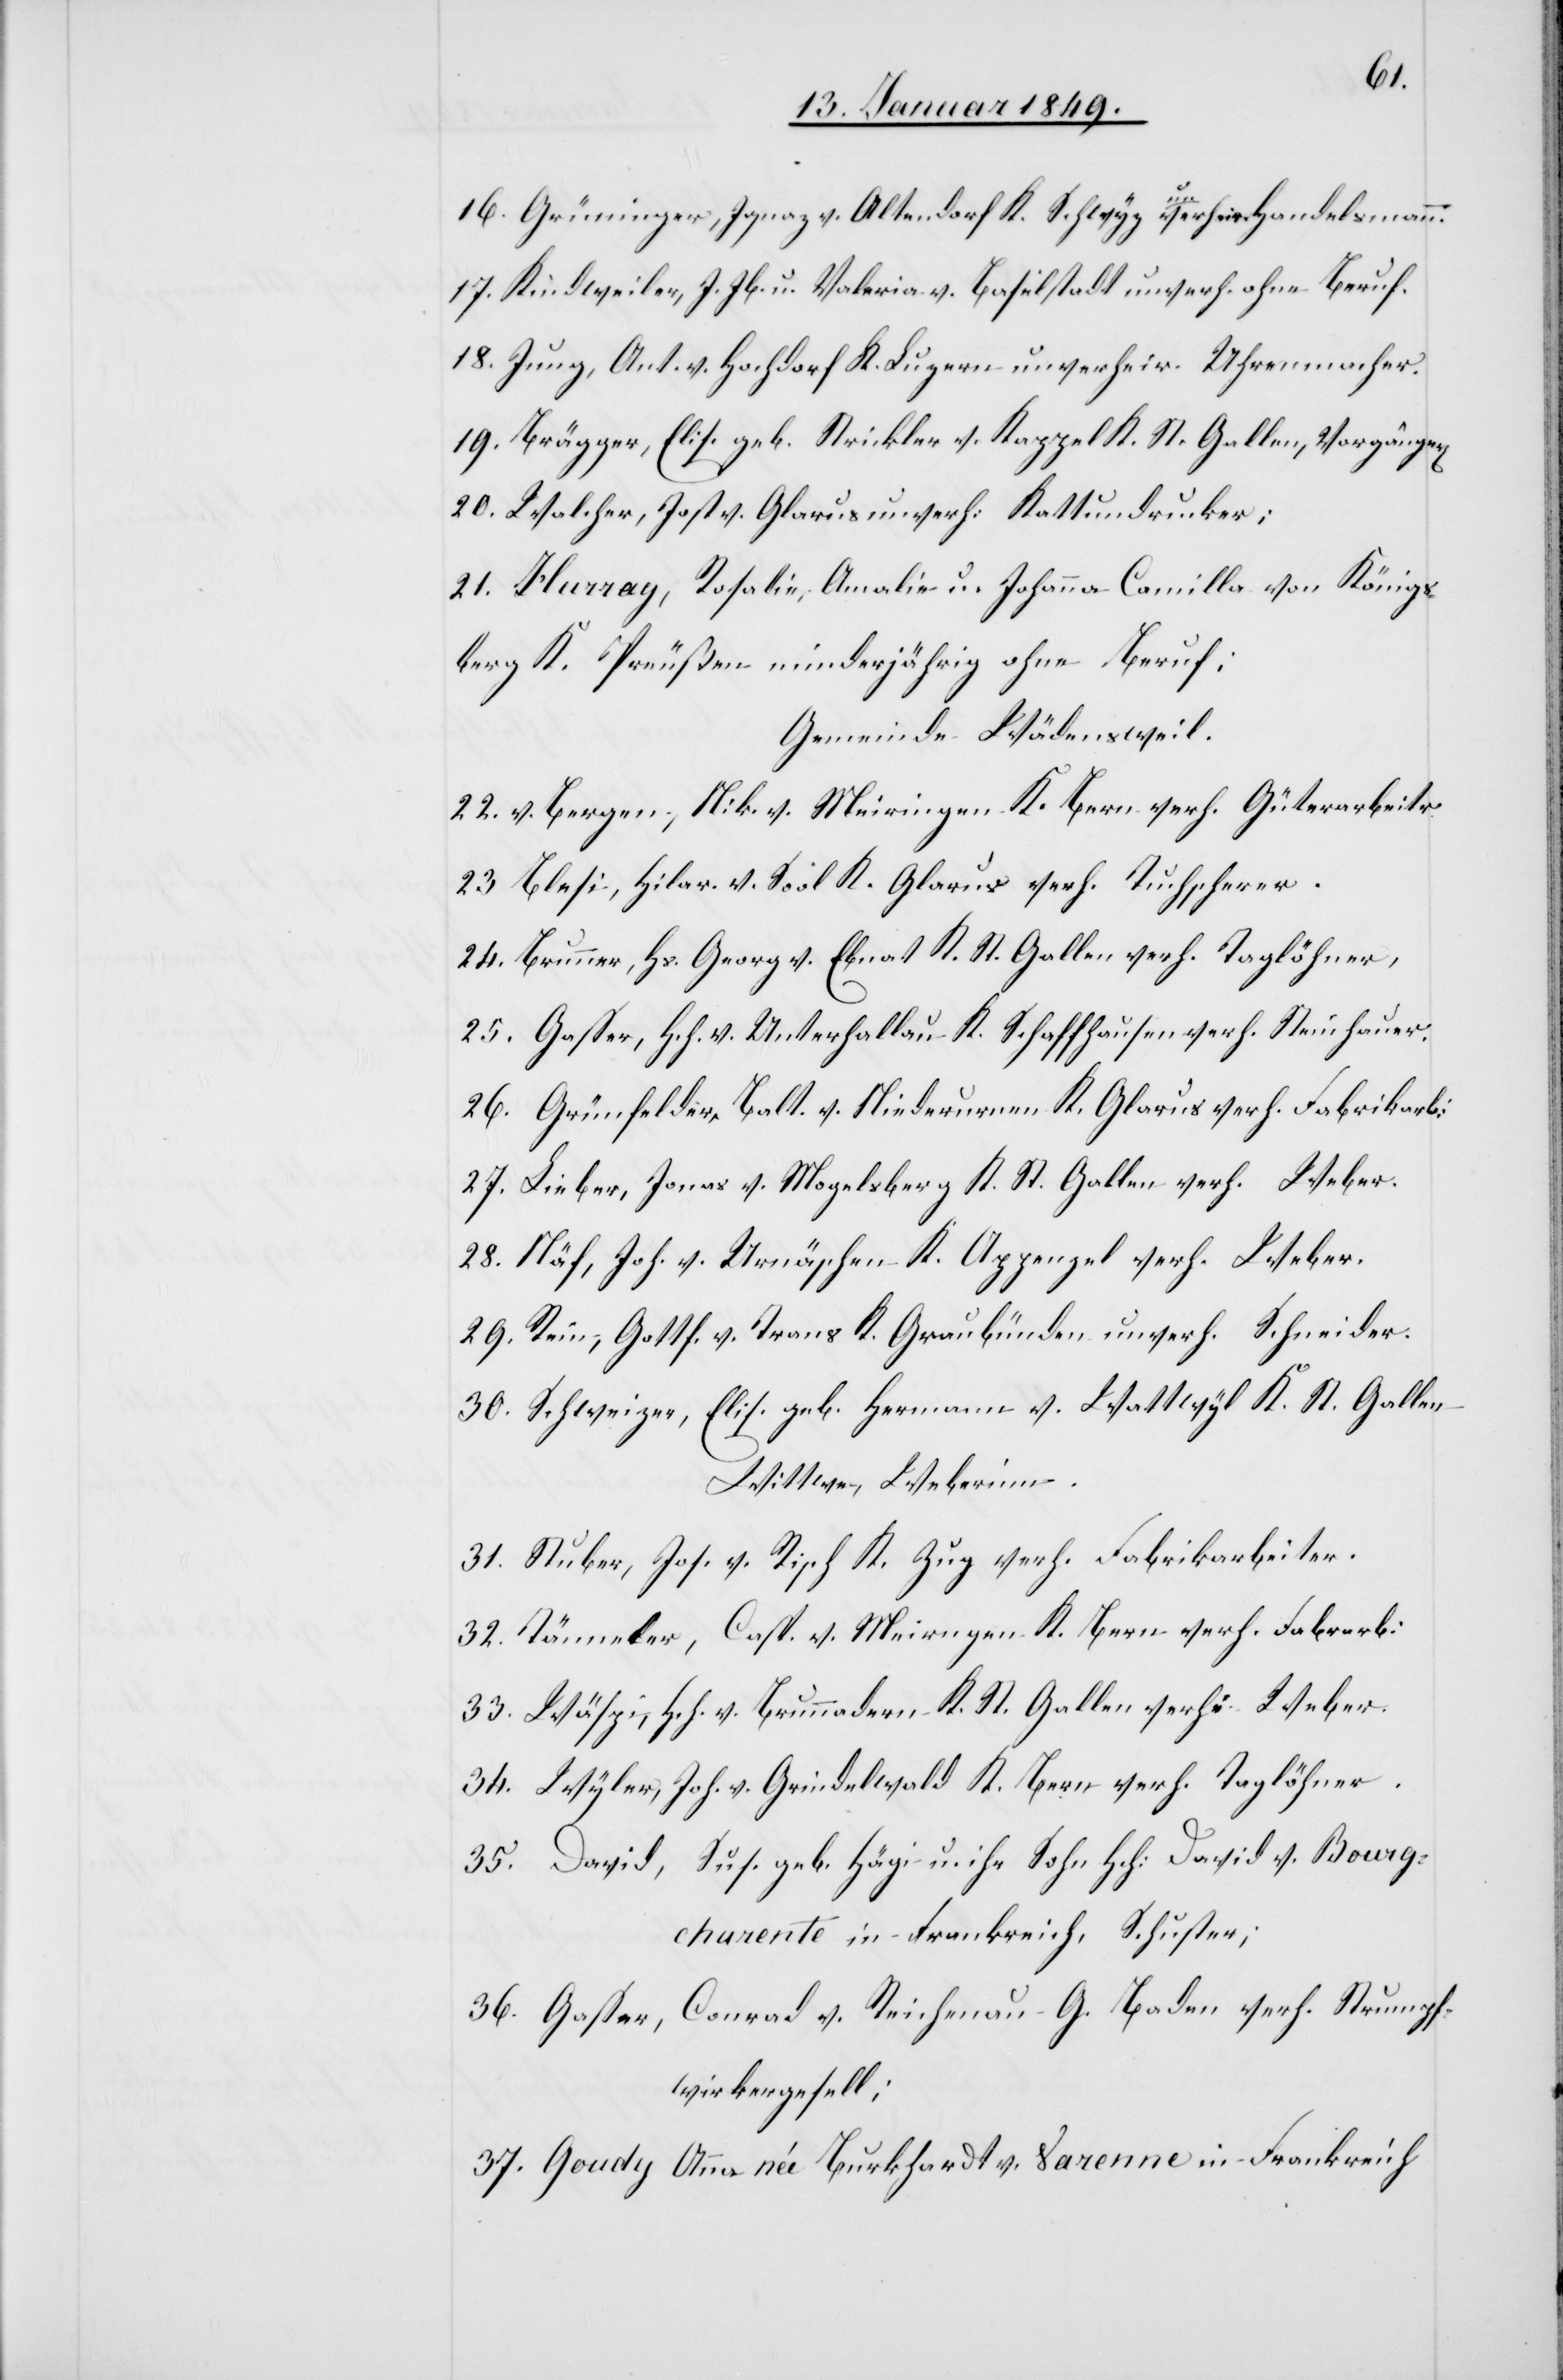
16. Grüninger, Ignaz v. Altendorf K. Schwyz unverheir. Handelsmann.
17. Kindweiler, J. Jb. u. Valeria v. Baselstadt unverh. ohne Beruf.
18. Jung, Ant. v. Hochdorf K. Luzern unverheir. Uhrenmacher.
19. Brägger, Elis. geb. Strickler v. Kappel K. St. Gallen, Vorgänger[in]
20. Walcher, Jost v. Glarus unverh. Kattundrucker;
21. Hurray, Rosalie, Amalie u. Johanna Camilla von Königs¬
berg K. Preußen minderjährig ohne Beruf;
Gemeinde Wädensweil.
22. v. Bergen, Nik. v. Meiringen K. Bern verh. Güterarbeitr
23 Blesi, Hilar. v. Sool K. Glarus verh. Tuchscherer.
24. Brunner, Hs. Georg v. Ebnat K. St. Gallen verh. Taglöhner,
25. Gasser, Hch. v. Unterhallau K. Schaffhausen verh. Steinhauer.
26. Grünfelder, Balt. v. Niederurnen K. Glarus verh. Fabrikarb:
27. Lieber, Jonas v. Mogelsberg K. St. Gallen verh. Weber.
28. Näf, Joh. v. Urnäschen K. Appenzel verh. Weber.
29. Rein, Gottf. v. Trans K. Graubünden unverh. Schneider.
30. Schweizer, Elis. geb. Hermann v. Wattwyl K. St. Gallen
Wittwe, Weberinn.
31. Stuber, Jos. v. Risch K. Zug verh. Fabrikarbeiter.
32. Tänneler, Casp. v. Meir[i]ngen K. Bern verh. Fabrikarb:
33. Wäspi, Hch. v. Brunnadern K. St. Gallen verh. Weber.
34. Wyler, Joh. v. Grindelwald K. Bern verh. Taglöhner.
35. David, Sus. geb. Hägi u. ihr Sohn Hch: David v. Bourg¬
charente in Frankreich, Schuster;
36. Gasser, Conrad v. Reichenau G. Baden verh. Strumpf¬
wirkergesell;
37. Goudy Anna née Burkhardt v. Varenne in Frankreich